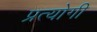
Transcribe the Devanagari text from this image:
प्रत्योगी